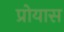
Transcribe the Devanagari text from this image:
प्रोयास